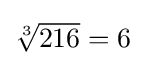
\textstyle {\sqrt[{3}]{216}}=6